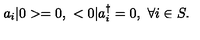
a _ { i } | 0 > = 0 , \ < 0 | a _ { i } ^ { \dagger } = 0 , \ \forall i \in S .